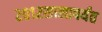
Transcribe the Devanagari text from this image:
२०१२सालापर्यंत